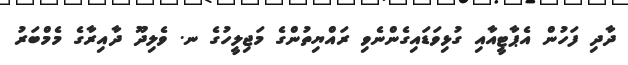
ދާދި ފަހުން އެޕާޓީއާއި ގުޅިވަޑައިގެންނެވި ރައްޔިތުންގެ މަޖިލީހުގެ ނ. ވެލިދޫ ދާއިރާގެ މެމްބަރު